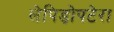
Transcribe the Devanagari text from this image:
लेपिड़ोपटेरा